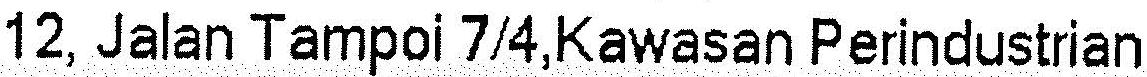
12, JALAN TAMPOI 7/4,KAWASAN PERINDUSTRIAN